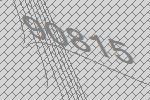
90815